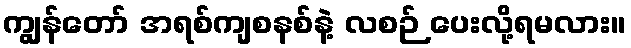
ကျွန်တော် အရစ်ကျစနစ်နဲ့ လစဉ် ပေးလို့ရမလား။